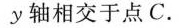
y 轴相交于点 C.